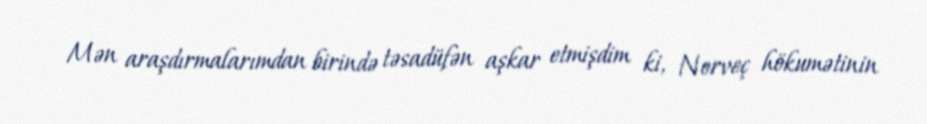
Mən araşdırmalarımdan birində təsadüfən aşkar etmişdim ki, Norveç hökumətinin